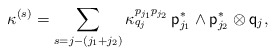
\begin{align*} \aligned\kappa^{(s)}=\sum_{s=j-(j_1+j_2)}\kappa^{p_{j_1}p_{j_2}}_{q_j} \,{\sf p}_{j_1}^\ast\wedge {\sf p}^\ast_{j_2}\otimes {\sf q}_j,\endaligned\end{align*}